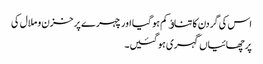
اس کی گردن کا تناﺅ کم ہو گیا اور چہرے پر خزن و ملال کی
پرچھائیاں گہری ہو گئیں۔